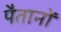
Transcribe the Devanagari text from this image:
पैतानों